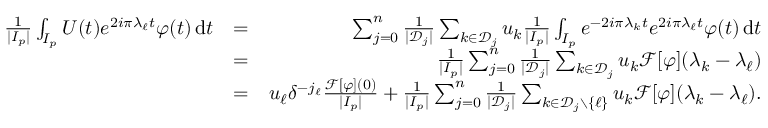
\begin{array} { r l r } { \frac { 1 } { | I _ { p } | } \int _ { I _ { p } } U ( t ) e ^ { 2 i \pi \lambda _ { \ell } t } \varphi ( t ) \, \mathrm { d } t } & { = } & { \sum _ { j = 0 } ^ { n } \frac { 1 } { | { \mathcal D } _ { j } | } \sum _ { k \in { \mathcal D } _ { j } } u _ { k } \frac { 1 } { | I _ { p } | } \int _ { I _ { p } } e ^ { - 2 i \pi \lambda _ { k } t } e ^ { 2 i \pi \lambda _ { \ell } t } \varphi ( t ) \, \mathrm { d } t } \\ & { = } & { \frac { 1 } { | I _ { p } | } \sum _ { j = 0 } ^ { n } \frac { 1 } { | { \mathcal D } _ { j } | } \sum _ { k \in { \mathcal D } _ { j } } u _ { k } { \mathcal F } [ \varphi ] ( \lambda _ { k } - \lambda _ { \ell } ) } \\ & { = } & { u _ { \ell } \delta ^ { - j _ { \ell } } \frac { { \mathcal F } [ \varphi ] ( 0 ) } { | I _ { p } | } + \frac { 1 } { | I _ { p } | } \sum _ { j = 0 } ^ { n } \frac { 1 } { | { \mathcal D } _ { j } | } \sum _ { k \in { \mathcal D } _ { j } \setminus \{ \ell \} } u _ { k } { \mathcal F } [ \varphi ] ( \lambda _ { k } - \lambda _ { \ell } ) . } \end{array}